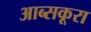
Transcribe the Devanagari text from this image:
आब्सकूरा